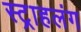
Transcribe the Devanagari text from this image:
स्‍ट्राहलंग